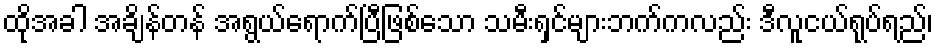
ထိုအခါ အချိန်တန် အရွယ်ရောက်ပြီဖြစ်သော သမီးရှင်များဘက်ကလည်း ဒီလူငယ်ရုပ်ရည်၊